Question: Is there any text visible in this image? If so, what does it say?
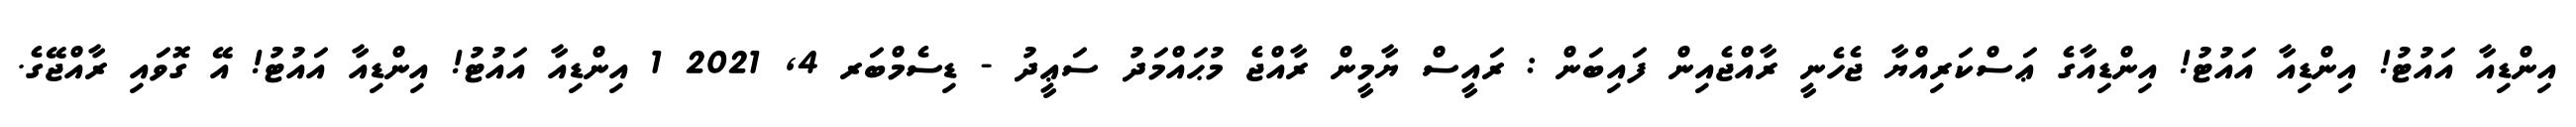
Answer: އިންޑިއާ އައުޓު! އިންޑިއާ އައުޓު! އިންޑިއާގެ ޢަސްކަރިއްޔާ ޖެހެނީ ރާއްޖެއިން ފައިބަން : ރައީސް ޔާމީން ރާއްޖެ މުޙައްމަދު ސަޢީދު - ޑިސެމްބަރ 4, 2021 1 އިންޑިއާ އައުޓު! އިންޑިއާ އައުޓު! އޭ ގޮވައި ރާއްޖޭގެ.